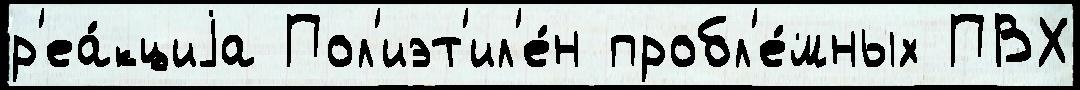
р'еа́кциjа Пол'иэт'ил'е́н пробл'е́мных ПВХ